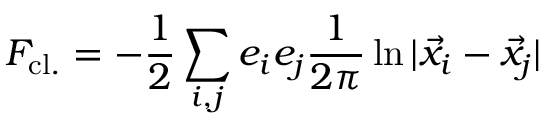
F _ { \mathrm { c l . } } = - \frac { 1 } { 2 } \sum _ { i , j } e _ { i } e _ { j } \frac { 1 } { 2 \pi } \ln \vert \vec { x } _ { i } - \vec { x } _ { j } \vert